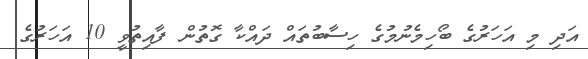
އަދި މި އަހަރުގެ ބޯހިމެނުމުގެ ހިސާބުތައް ދައްކާ ގޮތުން ފާއިތުވީ 10 އަހަރުގެ